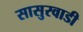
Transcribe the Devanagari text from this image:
सासुरवाडी